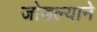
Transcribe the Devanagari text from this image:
जोडल्याने